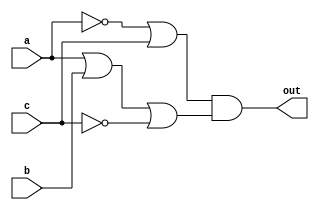
//???_E94084016
//(~A ~B ~C) + (~A B ~C) + (~A B C) + (A ~B C) + (A B C)
module POS (out, a, b, c);

	input a, b, c;
	output out;

	assign out = ((~a) | c) & (a | b | (~c));
	//turn to (~A + C) ( A + b + ~C )

endmodule